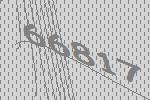
66817